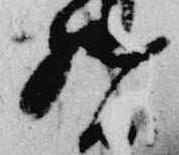
督